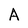
Character: A